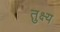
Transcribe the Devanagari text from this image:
तुक्ष्य